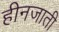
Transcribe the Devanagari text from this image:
हीनजाती